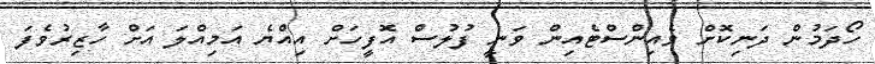
ހޯދަމުން ދަނިކޮށް ވެއިންސްޓެއިން ވަނީ ފުލުސް އޮފީހަށް އިއްޔެ އަމިއްލަ އަށް ހާޒިރުވެފަ